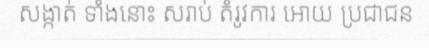
សង្កាត់ ទាំងនោះ សរាប់ តំរូវការ អោយ ប្រជាជន